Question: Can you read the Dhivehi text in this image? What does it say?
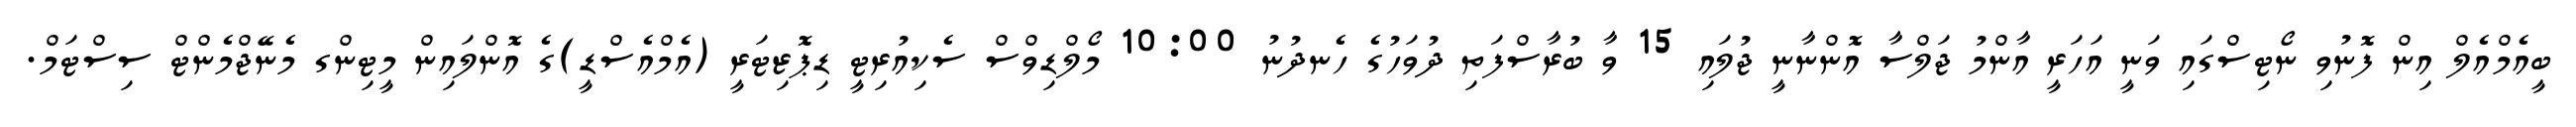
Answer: ބީއެމްއެލް އިން ފޮނުވި ނޯޓިސްގައި ވަނީ އަހަރީ އާންމު ޖަލްސާ އޮންނާނީ ޖުލައި 15 ވާ ބުރާސްފަތި ދުވަހުގެ ހެނދުނު 10:00 މޯލްޑިވްސް ސެކިއުރިޓީ ޑިޕޮޒިޓަރީ (އެމްއެސްޑީ)ގެ އޮންލައިން މީޓިންގ މެނޭޖްމެންޓް ސިސްޓަމް.